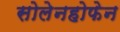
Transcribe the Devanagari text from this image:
सोलेनहोफेन